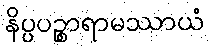
နိပ္ပပဉ္စာရာမဿာယံ